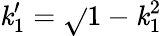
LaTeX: \mathit{k}_{1}^{\prime}=\sqrt{}{{1-\mathit{k}_{1}^{2}}}